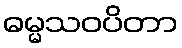
ဓမ္မသဝပိတာ